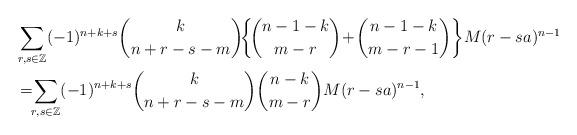
LaTeX: \begin{align*}&\sum_{r,s\in\mathbb Z}(-1)^{n+k+s}{k\choose n+r-s-m}\!\!\left\{\!{n-1-k\choose m-r}\!+\!{n-1-k\choose m-r-1}\right\} \!M(r-sa)^{n-1}\\&=\!\!\sum_{r,s\in\mathbb{Z}}(-1)^{n+k+s}{k\choose n+r-s-m}{n-k\choose m-r}M(r-sa)^{n-1},\end{align*}